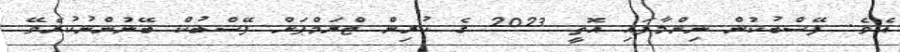
އެވެ. ފޭސްބުކުން ނިންމާފައި އޮތީ 2023 ގެ ކުރިން ޓްރަމްޕަށް ފޭސްބުކް ބޭނުންނުކުރެވޭ